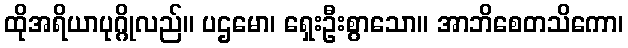
ထိုအရိယာပုဂ္ဂိုလည်။ ပဌမော၊ ရှေးဦးစွာသော။ အာဘိစေတသိကော၊